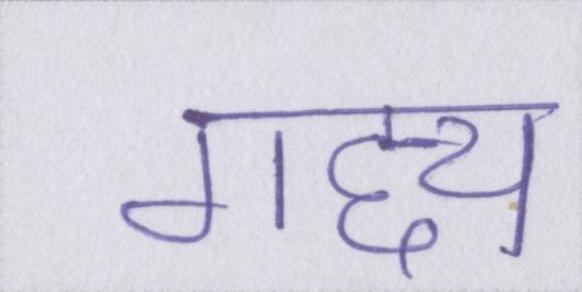
गद्द्य